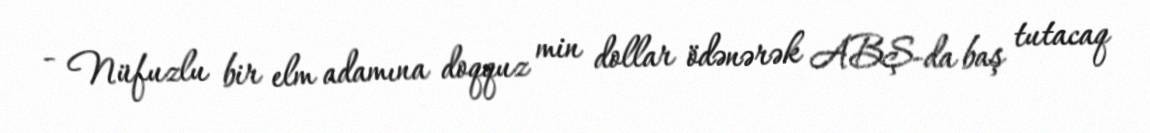
- Nüfuzlu bir elm adamına doqquz min dollar ödənərək ABŞ-da baş tutacaq